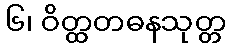
၆၊ ဝိတ္ထတဓနသုတ္တ